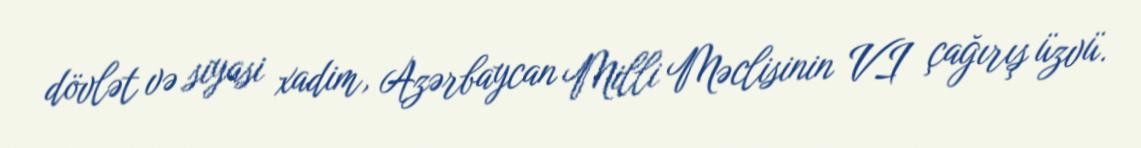
dövlət və siyasi xadim, Azərbaycan Milli Məclisinin VI çağırış üzvü.